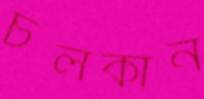
চলকান